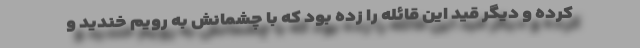
کرده و دیگر قید این قائله را زده بود که با چشمانش به رویم خندید و